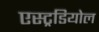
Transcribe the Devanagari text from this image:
एस्ट्रडियोल